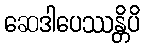
ဆေဒါပေဿန္တိပိ